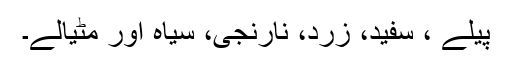
پیلے ، سفید، زرد، نارنجی، سیاہ اور مٹیالے۔